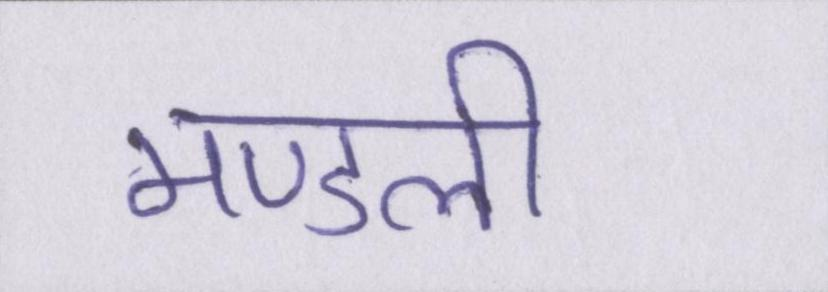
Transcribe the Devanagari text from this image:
मण्डली